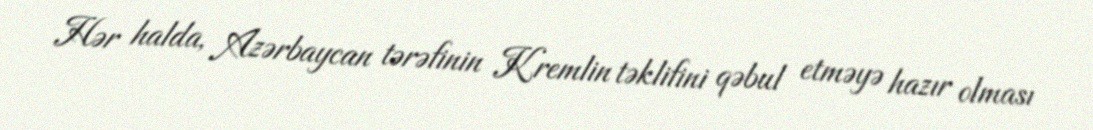
Hər halda, Azərbaycan tərəfinin Kremlin təklifini qəbul etməyə hazır olması